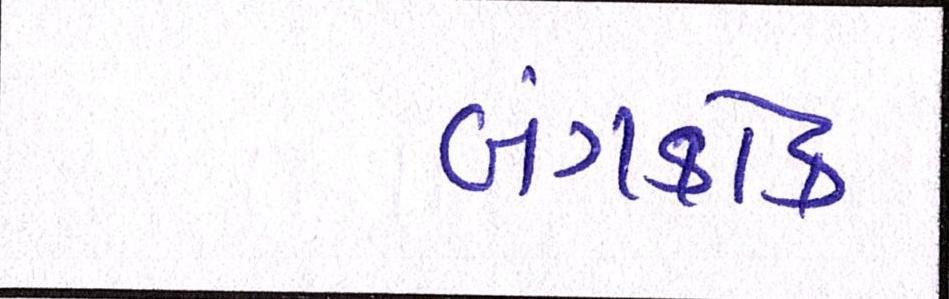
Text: બેંગકોક